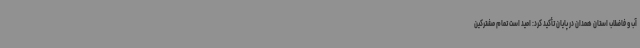
آب و فاضلاب استان همدان در پایان تأکید کرد: امید است تمام مشترکین